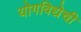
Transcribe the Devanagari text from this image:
योगविद्येची